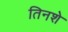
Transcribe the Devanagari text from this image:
तिनशे